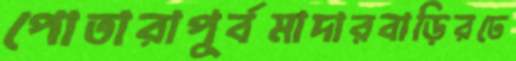
পোতারাপূর্বমাদারবাড়িরঢে